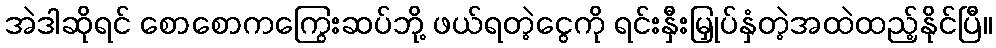
အဲဒါဆိုရင် စောစောကကြွေးဆပ်ဘို့ ဖယ်ရတဲ့ငွေကို ရင်းနှီးမြှုပ်နှံတဲ့အထဲထည့်နိုင်ပြီ။